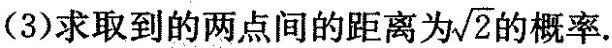
(1)求取到的两点间的距离为2的概率；